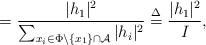
LaTeX: \begin{align*} &=\frac{|h_1|^2}{\sum_{x_i\in \Phi\backslash\{x_1\}\cap \mathcal{A}}|h_i|^2} \overset{\Delta}{=}\frac{|h_1|^2}{I},\end{align*}